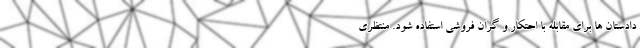
دادستان ها برای مقابله با احتکار و گران فروشی استفاده شود. منتظری